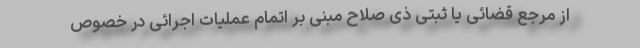
از مرجع قضائی یا ثبتی ذی صلاح مبنی بر اتمام عملیات اجرائی در خصوص